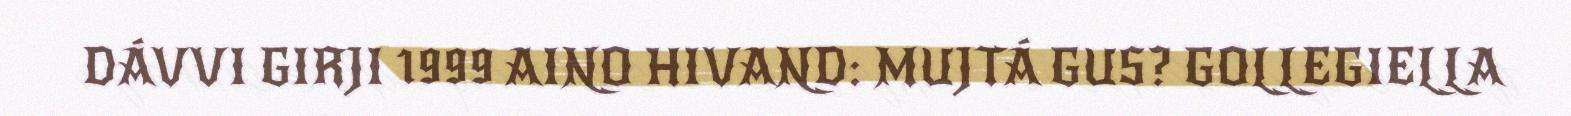
DÁVVI GIRJI 1999 AINO HIVAND: MUJTÁ GUS? GOLLEGIELLA